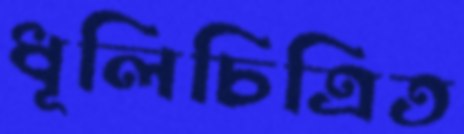
ধূলিচিত্রিত